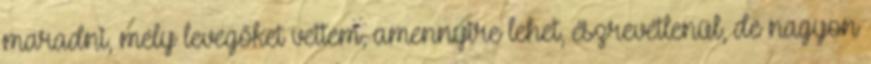
maradni, mély levegőket vettem, amennyire lehet, észrevétlenül, de nagyon